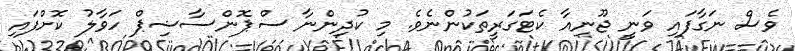
ވެސް ނަގާފައި ވަނީ ޖޫނިއާ ކެޓަގަރީތަކުންނެވެ. މި ކުދިންނާ ސްޕޮންސާޝިޕް ހަވާލު ކޮށްފައި